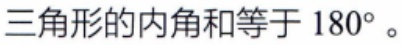
三角形的内角和等于 \(180^{\circ}\)。